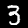
Digit: 3